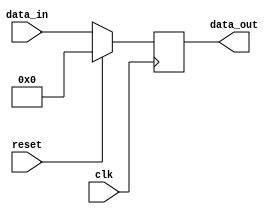
module register (
    clk,
    reset,
	data_in,/* synthesis preserve */
	data_out/* synthesis preserve */
);


parameter noc_dw = 32; //NoC Data Width
parameter byte_dw = 8; 

/*****************INPUT/OUTPUT Definition********************/
input wire clk;
input wire reset;

input wire [noc_dw - 1:0] data_in; 
output reg [noc_dw  - 1:0] data_out;

/******************Sequential Logic*************************/
always@(posedge clk) begin
	if(reset)
		data_out <= 32'd0;
	else
		data_out <= data_in;
end 

endmodule